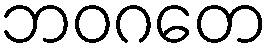
ဘဝဂတေ